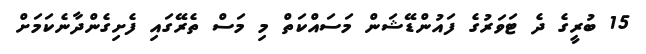
15 ބުރީގެ ދެ ޓަވަރުގެ ފައުންޑޭޝަން މަސައްކަތް މި މަސް ތެރޭގައި ފެށިގެންދާނެކަމަށް